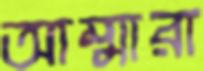
আম্মারা